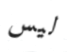
ليس